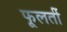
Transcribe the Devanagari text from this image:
फूलतीं